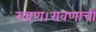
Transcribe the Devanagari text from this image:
रावण।रावणाची